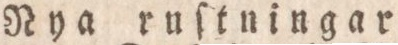
Nya ruſtningar